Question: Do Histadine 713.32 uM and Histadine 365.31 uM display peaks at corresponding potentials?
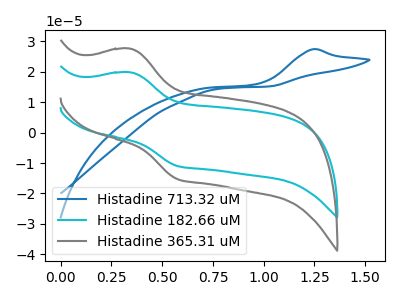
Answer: <think>The blue curve "Histadine 713.32 uM" has an anodic peak at: (1.25V, 27.40uA). The cyan curve "Histadine 182.66 uM" has an anodic peak at (0.35V, 19.85uA) and a cathodic peak at (0.55V, -10.95uA). The gray curve "Histadine 365.31 uM" has an anodic peak at (0.35V, 27.60uA) and a cathodic peak at (0.55V, -15.20uA).</think>
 <answer>No, "Histadine 713.32 uM" and "Histadine 365.31 uM" have a different number of peaks.</answer>
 <eval>different_amount</eval>